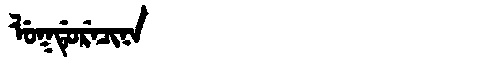
Manchu: ᠯᡠᡴᡩᡠᡵᡝᠴᡳᠨᠠ
Romanization: LUKDURECINA